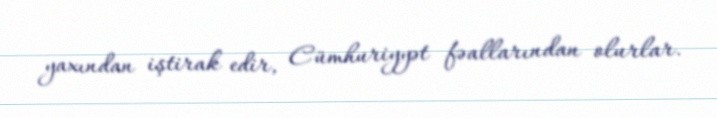
yaxından iştirak edir, Cümhuriyyət fəallarından olurlar.